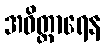
အဝိတ္ထာရေန